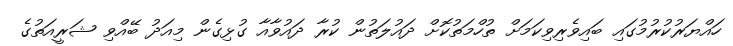
ހައްޔަރުކުރުމުގައި ބައިވެރިވިކަމަށް ތުހްމަތުކޮށް ދައުލަތުން ކުރާ ދައުވާއާ ގުޅިގެން މިއަދު ބޭއްވި ޝަރީއަތުގެ